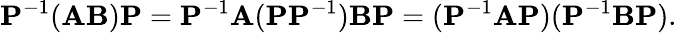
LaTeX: \mathbf{P}^{-1}(\mathbf{AB})\mathbf{P}=\mathbf{P}^{-1}\mathbf{A}(\mathbf{P}\mathbf{P}^{-1})\mathbf{B}\mathbf{P}=(\mathbf{P}^{-1}\mathbf{A}\mathbf{P})(\mathbf{P}^{-1}\mathbf{B}\mathbf{P}).